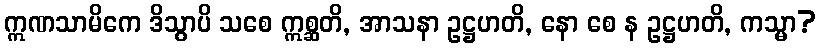
ဣဏသာမိကေ ဒိသွာပိ သစေ ဣစ္ဆတိ, အာသနာ ဥဋ္ဌဟတိ, နော စေ န ဥဋ္ဌဟတိ, ကသ္မာ?